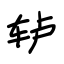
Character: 轳